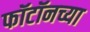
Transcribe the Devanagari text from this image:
फॉटॉनच्या